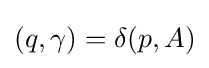
(q,\gamma )=\delta (p,A)